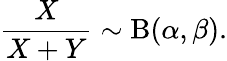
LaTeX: {\frac{X}{X+Y}}\sim\mathrm{B}(\alpha,\beta).